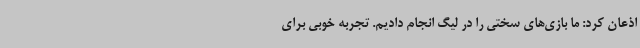
اذعان کرد: ما بازی‌های سختی را در لیگ انجام دادیم. تجربه خوبی برای